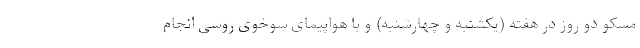
مسکو دو روز در هفته (یکشنبه و چهارشنبه) و با هواپیمای سوخوی روسی انجام